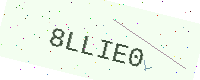
Text: 8LLIE0